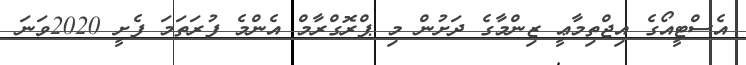
އެސްޓީއޯގެ އިޖްތިމާޢީ ޒިންމާގެ ދަށުން މި ޕްރޮގްރާމް އެންމެ ފުރަތަމަ ފެށީ 2020ވަނަ